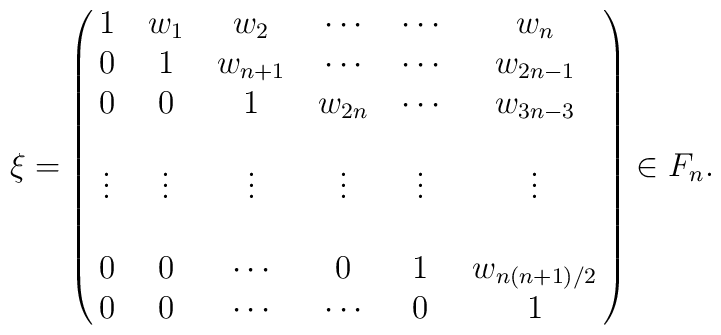
\xi = \pmatrix{ 1 & w_1 & w_2     & \cdots & \cdots &w_n \cr 0 &  1  & w_{n+1} & \cdots & \cdots & w_{2n-1} \cr 0 & 0   & 1 & w_{2n}  & \cdots & w_{3n-3} \cr   &   &  &  &   &   \cr \vdots & \vdots &\vdots &\vdots & \vdots & \vdots \cr   &   &  &  &   &   \cr 0 & 0   & \cdots & 0 &  1 & w_{n(n+1)/2} \cr  0 & 0   & \cdots & \cdots & 0 & 1 \cr  }  \in F_n .